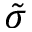
\tilde { \sigma }